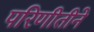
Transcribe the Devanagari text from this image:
परिणीतीने